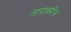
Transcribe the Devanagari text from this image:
तापावरील